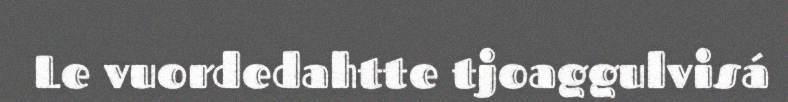
Le vuordedahtte tjoaggulvisá